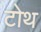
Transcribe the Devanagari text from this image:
टोथ